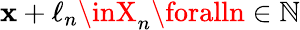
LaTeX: \mathbf{x}+\ell_{n}\inX_{n}\foralln\in\mathbb{{N}}